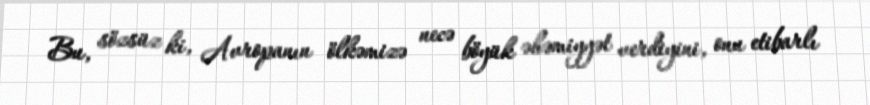
Bu, sözsüz ki, Avropanın ölkəmizə necə böyük əhəmiyyət verdiyini, onu etibarlı